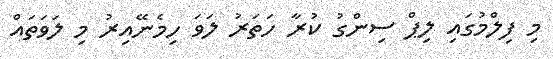
މި ފިލްމުގައި ލިޕް ސިންގު ކުރާ ހަތަރު ލަވަ ހިމެނޭއިރު މި ލަވަތައް